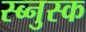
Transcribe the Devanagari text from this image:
स्ब्नुस्क